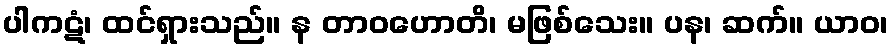
ပါကဋံ၊ ထင်ရှားသည်။ န တာဝဟောတိ၊ မဖြစ်သေး။ ပန၊ ဆက်။ ယာဝ၊